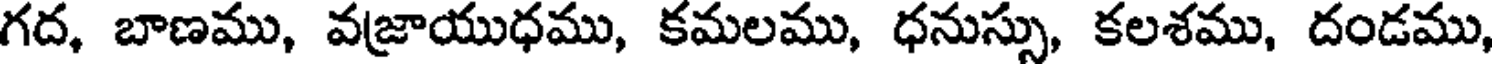
గద, బాణము, వజ్రాయుధము, కమలము, ధనుస్సు, కలశము, దండము,